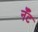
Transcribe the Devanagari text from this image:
नँँट